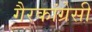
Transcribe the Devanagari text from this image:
गैरकांग्रेसी